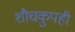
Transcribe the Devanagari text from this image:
शौचकुपही